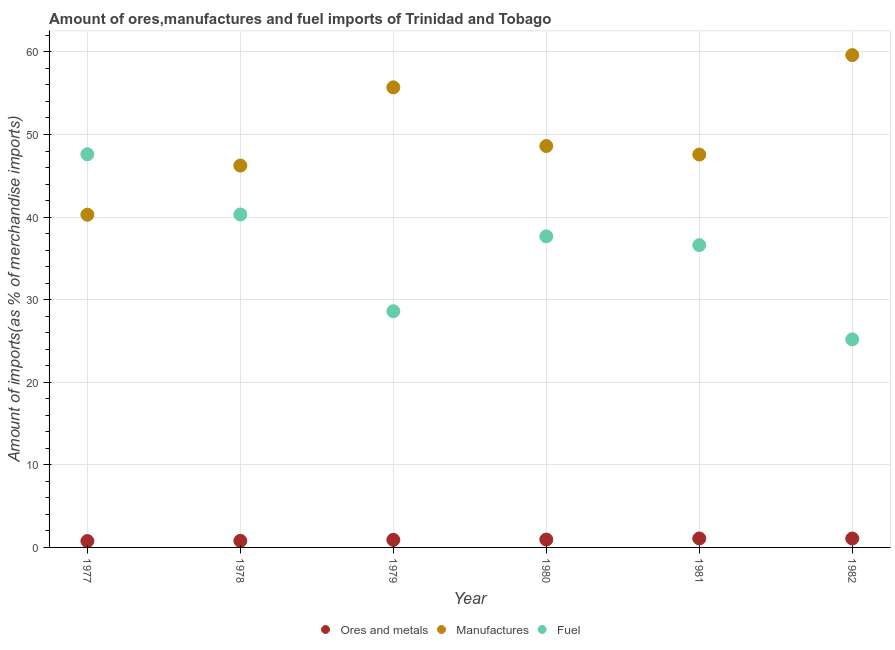
| Year | Ores and metals | Manufactures | Fuel |
 | --- | --- | --- | --- |
 | 1977 | 0.773 | 40.3 | 47.6 |
 | 1978 | 0.799 | 46.2 | 40.3 |
 | 1979 | 0.918 | 55.7 | 28.6 |
 | 1980 | 0.953 | 48.6 | 37.7 |
 | 1981 | 1.08 | 47.6 | 36.6 |
 | 1982 | 1.08 | 59.6 | 25.2 |